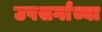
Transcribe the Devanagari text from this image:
उपसर्गाच्या